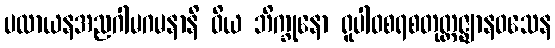
ပလာယနအညဂါမဂမနာနိ ဝိယ ဘိက္ခုနော ရူပါဝစရစတုတ္ထဇ္ဈာနဝသေန